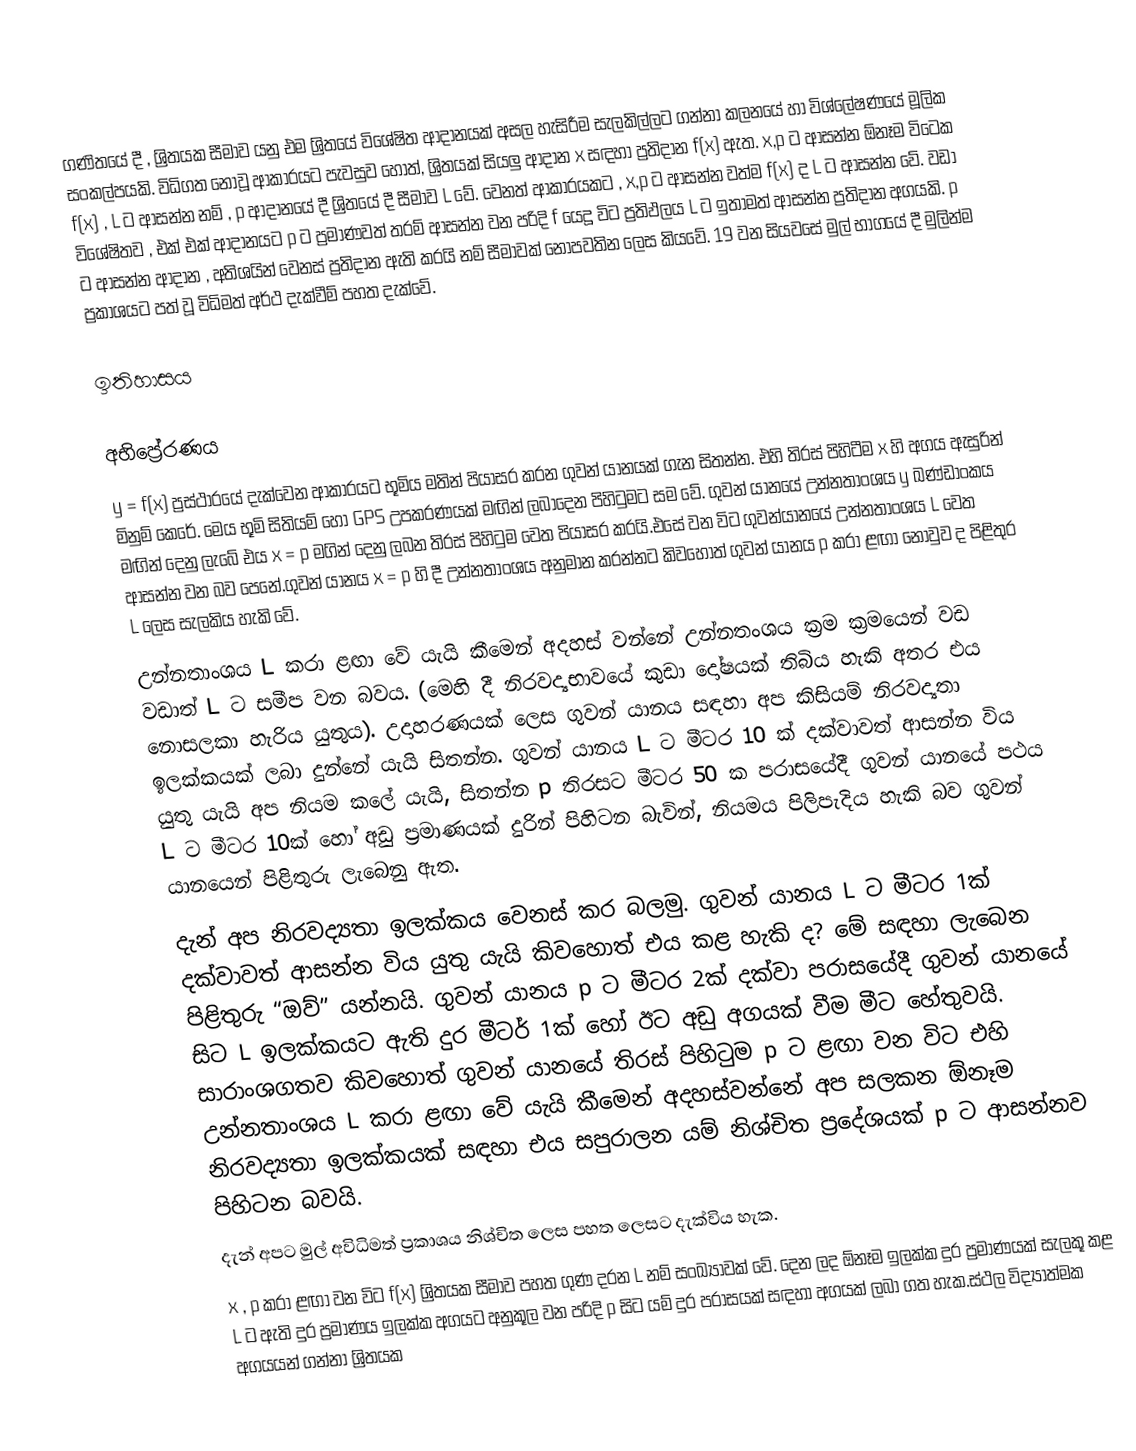
ගණිතයේ දී , ශ්‍රිතයක සීමාව යනු එම ශ්‍රිතයේ විශේෂිත ආදානයක් අසල හැසිරීම සැලකිල්ලට ගන්නා කලනයේ හා විශ්ලේෂණයේ මූලික සංකල්පයකි. විධිගත නොවූ ආකාරයට පැවසුව හොත්, ශ්‍රිතයක් සියලු ආදාන x සඳහා ප්‍රතිදාන f(x) ඇත. x,p ‍ට ආසන්න ඕනෑම විටෙක f(x) , L ට ආසන්න නම් , p ආදානයේ දී ශ්‍රිතයේ දී සීමාව L වේ. වෙනත් ආකාරයකට , x,p ට ආසන්න වත්ම f(x) ද L ට ආසන්න වේ. වඩා විශේෂිතව , එක් එක් ආදානයට p ‍ට ප්‍රමාණවත් තරම් ආසන්න වන පරිදි f  යෙදූ විට ප්‍රතිඵලය  L ට ඉතාමත් ආසන්න ප්‍රතිදාන අගයකි. p ‍ට ආසන්න ආදාන , අතිශයින් වෙනස් ප්‍රතිදාන ඇති කරයි නම් සීමාවක් නොපවතින ලෙස කියවේ. 19 වන සියවසේ මුල් භාගයේ දී මුලින්ම ප්‍රකාශයට පත් වූ විධිමත් අර්ථ දැක්වීම් පහත දැක්වේ.

ඉතිහාසය

අභිප්‍රේරණය
y = f(x) ප්‍රස්ථාරයේ දැක්වෙන ආකාරයට භූමිය මතින් පියාසර කරන ගුවන් යානයක් ගැන සිතන්න. එහි තිරස් පිහිටීම x හි අගය ඇසුරින් මිනුම් කෙරේ. මෙය භූමි සිතියම් හෝ GPS උපකරණයක් මඟින් ලබාදෙන පිහිටුමට සම වේ. ගුවන් යානයේ උන්නතාංශය y ඛණ්ඩාංකය මඟින් දෙනු ලැබේ එය  x = p මගින් දෙනු ලබන තිරස් පිහිටුම වෙත පියාසර කරයි.එසේ වන විට ගුවන්යානයේ උන්නතාංශය L වෙත ආසන්න වන බව පෙනේ.ගුවන් යානය x = p හි දී උන්නතාංශය අනුමාන කරන්නට කිවහොත් ගුවන් යානය p කරා ළඟා නොවුව ද පිළිතුර L ලෙස සැලකිය හැකි වේ.
උන්නතාංශය L කරා ළඟා වේ යැයි කීමෙන් අදහස් වන්නේ උන්නතංශය ක්‍රම ක්‍රමයෙන් වඩ වඩාත් L ට සමීප වන බවය. (මෙහි දී නිරවද්‍යභාවයේ කුඩා දෝෂයක් තිබිය හැකි අතර එය නොසලකා හැරිය යුතුය). උදාහරණයක් ලෙස ගුවන් යානය සඳහා අප කිසියම් නිරවද්‍යතා ඉලක්කයක් ලබා දුන්නේ යැයි සිතන්න. ගුවන් යානය L ට මීටර 10 ක් දක්වාවත් ආසන්න විය යුතු යැයි අප නියම කලේ යැයි, සිතන්න p තිරසට මීටර 50 ක පරාසයේදී ගුවන් යානයේ පථය L ට මීටර 10ක් හෝ අඩු ප්‍රමාණයක් දුරින් පිහිටන බැවින්, නියමය පිලිපැදිය හැකි බව ගුවන් යානයෙන් පිළිතුරු ලැබෙනු ඇත.
දැන් අප නිරවද්‍යතා ඉලක්කය වෙනස් කර බලමු. ගුවන් යානය L ට මීටර 1ක් දක්වාවත් ආසන්න විය යුතු යැයි කිවහොත් එය කළ හැකි ද? මේ සඳහා ලැබෙන පිළිතුරු “ඔව්” යන්නයි. ගුවන් යානය p ට මීටර 2ක් දක්වා පරාසයේදී ගුවන් යානයේ සිට L ඉලක්කයට ඇති දුර මීටර් 1ක් හෝ ඊට අඩු අගයක් වීම මීට හේතුවයි. සාරාංශගතව කිවහොත් ගුවන් යානයේ තිරස් පිහිටුම p ට ළඟා වන විට එහි උන්නතාංශය L  කරා ළඟා වේ යැයි කීමෙන් අදහස්වන්නේ අප සලකන ඕනෑම නිරවද්‍යතා ඉලක්කයක් සඳහා එය සපුරාලන යම් නිශ්චිත ප්‍රදේශයක් p ට ආසන්නව පිහිටන බවයි.
දැන් අපට මුල් අවිධිමත් ප්‍රකාශය නිශ්චිත ලෙස පහත ලෙසට දැක්විය හැක.
x , p කරා ළඟා වන විට f(x) ශ්‍රිතයක සීමාව පහත ගුණ දරන L නම් සංඛ්‍යාවක් වේ. දෙන ලද ඕනෑම ඉලක්ක දුර ප්‍රමාණයක් සැලකූ කළ L ට ඇති දුර ප්‍රමාණය ඉලක්ක අගයට අනුකූල වන පරිදි p සිට යම් දුර පරාසයක් සඳහා අගයක් ලබා ගත හැක.ස්ථල විද්‍යාත්මක අගයයන් ගන්නා ශ්‍රිතයක